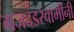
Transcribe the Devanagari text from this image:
गजदंडस्वामींनी